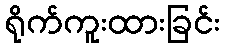
ရိုက်ကူးထားခြင်း